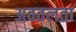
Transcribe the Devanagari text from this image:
अवतलता